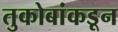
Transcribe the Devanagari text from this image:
तुकोबांकडून